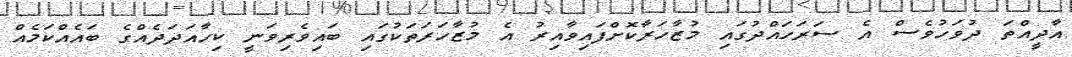
އާދީއްތަ ދުވަހުވެސް އެ ސަރަހައްދުގައި މުޒާހަރާކޮށްފައިވާއިރު އެ މުޒާހަރަތަކުގައި ބައިވެރިވަނީ ކިހާއަދަދެއްގެ ބައެއްކަމެއް